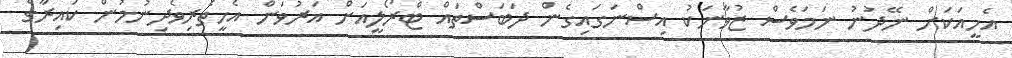
އެހީއަކަށް ނޭދުނު ނަމަވެސް ޒުވާނަކު އިސްނަގައިގެން ދަބަސްތައް ޓްރޯލީއަށް އަރުވަން އެހީތެރިވެދިނުމުން ކައިރާގެ